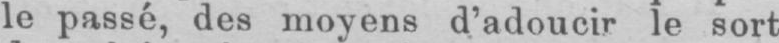
le passé, des moyens d’adoucir le sort